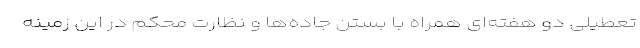
تعطیلی دو هفته‌ای همراه با بستن جاده‌ها و نظارت محکم در این زمینه